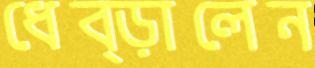
ধেব্‌ড়ালেন